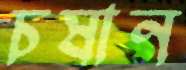
চষান